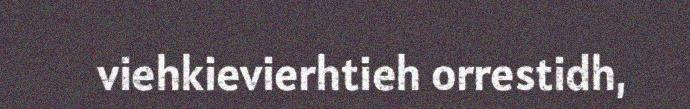
viehkievierhtieh orrestidh,